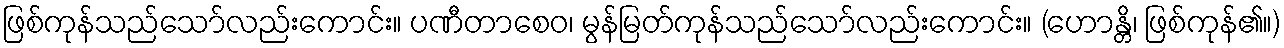
ဖြစ်ကုန်သည်သော်လည်းကောင်း။ ပဏီတာစေဝ၊ မွန်မြတ်ကုန်သည်သော်လည်းကောင်း။ (ဟောန္တိ၊ ဖြစ်ကုန်၏။)